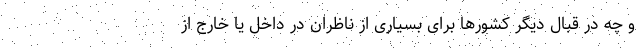
و چه در قبال دیگر کشورها برای بسیاری از ناظران در داخل یا خارج از